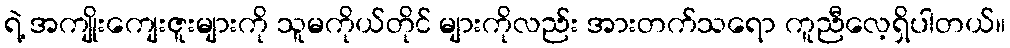
ရဲ့ အကျိုးကျေးဇူးများကို သူမကိုယ်တိုင် များကိုလည်း အားတက်သရော ကူညီလေ့ရှိပါတယ်။